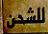
للشحن